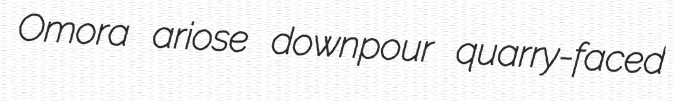
Omora ariose downpour quarry-faced